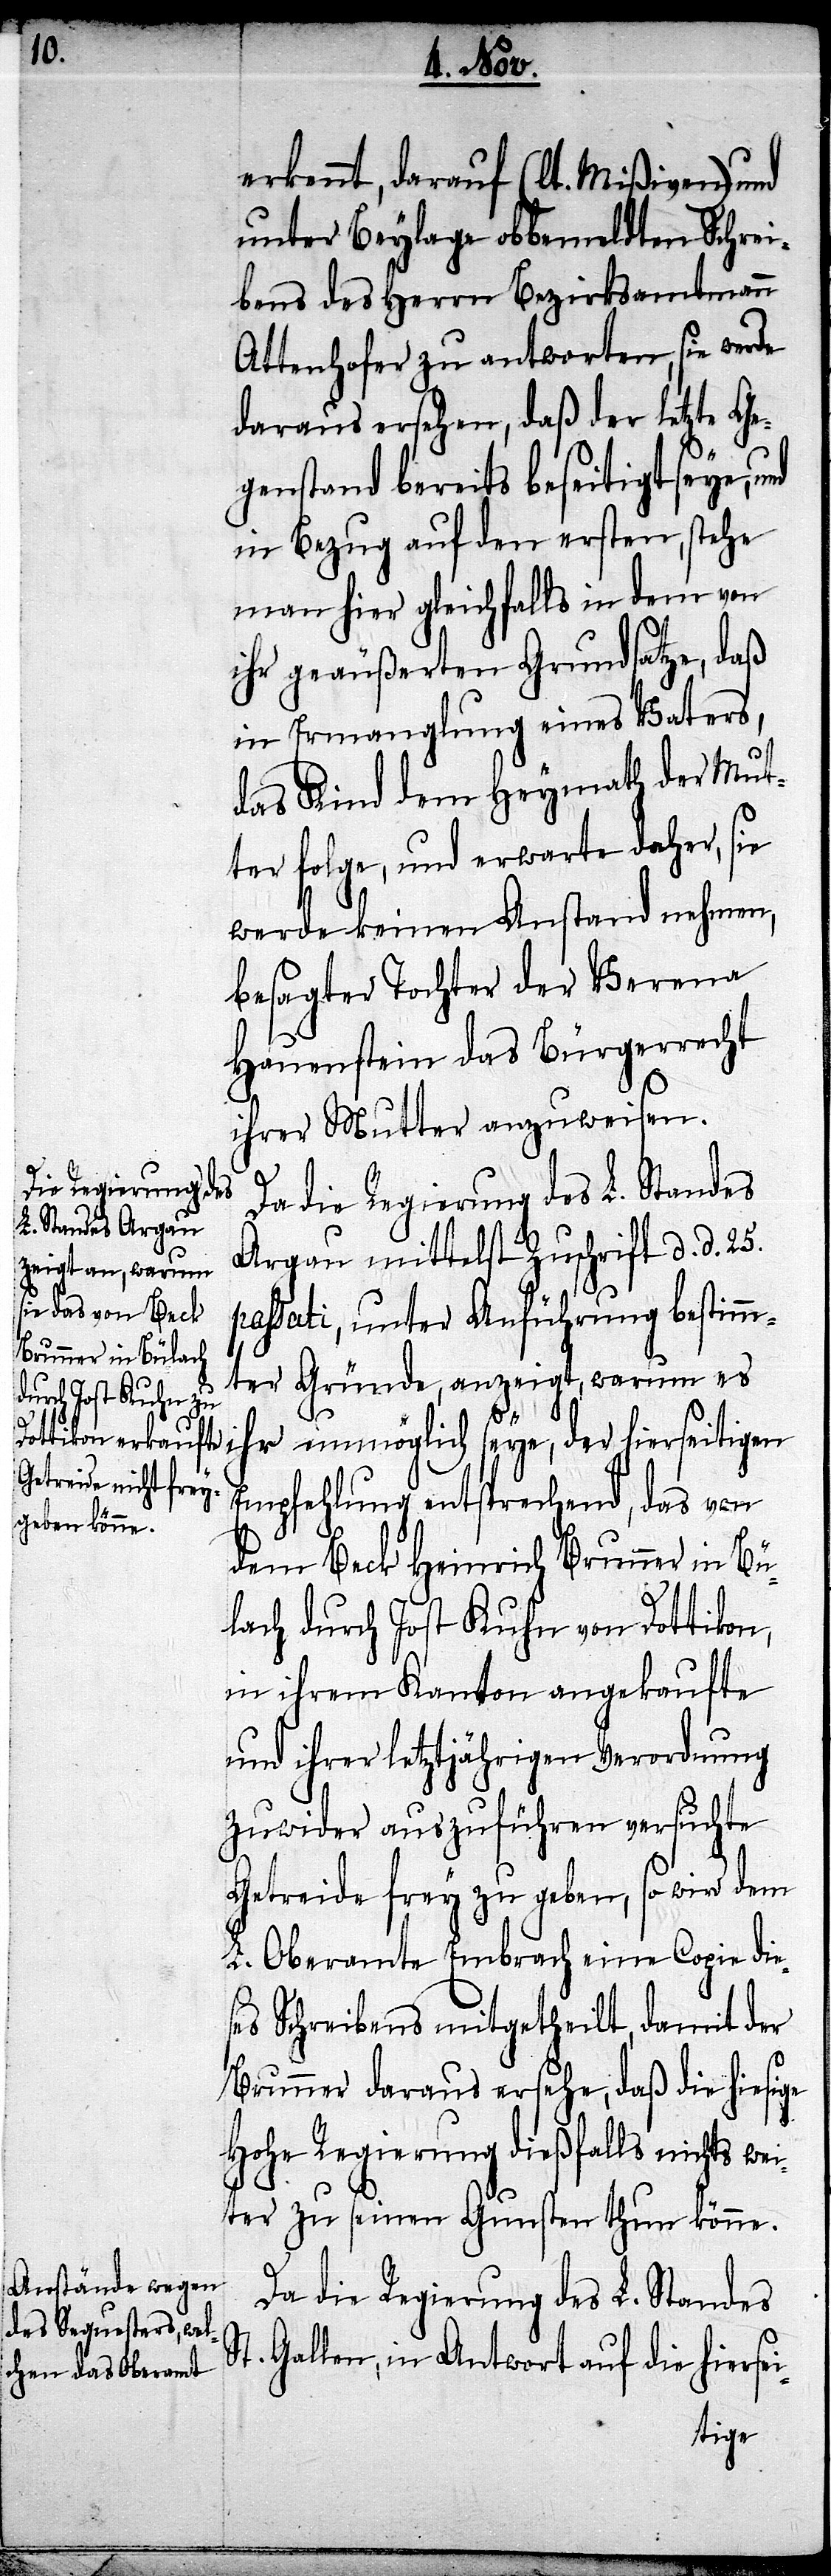
erkennt, darauf (lt. Mißiven) und
unter Beylage obbemeldten Schrei¬
bens des Herrn Bezirksamtmann
Attenhofer zu antworten, sie werde
daraus ersehen, daß der letzte G¬
egenstand bereits beseitigt seye, und
man hier gleichfalls in dem von
ihr geäußerten Grundsatze, daß
in Ermanglung eines Vaters,
das Kind dem Heymath der Mut¬
ter folge, und erwarte daher, sie
werde keinen Anstand nehmen,
besagter Tochter der Verena
Hauenstein das Bürgerrecht
ihrer Mutter anzuweisen.
Da die Regierung des L. Standes
Argau mittelst Zuschrift d. d. 25.
passati, unter Anführung bestimm¬
ter Gründe, anzeigt, warum es
ihr unmöglich seye, der hierseitigen
Empfehlung entsprechend, das von
dem Beck Heinrich Brunner in Bü¬
lach durch Jost Kuhn von Dottikon,
in ihrem Kanton angekaufte
und ihrer letztjährigen Verordnung
zuwider auszuführen versuchte
Getreide frey zu geben, so wird dem
L. Oberamte Embrach eine Copie dies¬
es Schreibens mitgetheilt, damit der
Brunner daraus ersehe, daß die hiesige
Hohe Regierung dießfalls nichts wei¬
ter zu seinen Gunsten thun könne.
Da die Regierung des L. Standes
St. Gallen, in Antwort auf die hiersei-